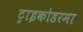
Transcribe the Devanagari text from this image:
ट्राइकोडरमा